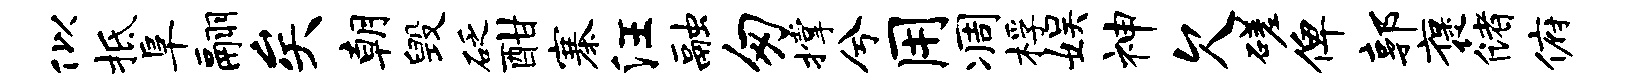
似柢阜翮矣朝毁砭酣寨汪融匆撑兮用凋桴娱神欠磋俾郭褒储俯